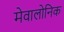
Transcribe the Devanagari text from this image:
मेवालोनिक